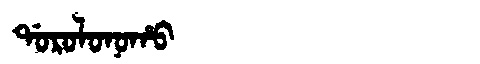
Manchu: ᡩᠣᡵᠣᠯᠣᠨᠣᡥᠣ
Romanization: DOROLONOHO